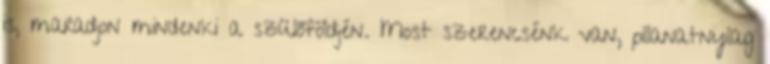
is, maradjon mindenki a szülőföldjén. Most szerencsénk van, pillanatnyilag